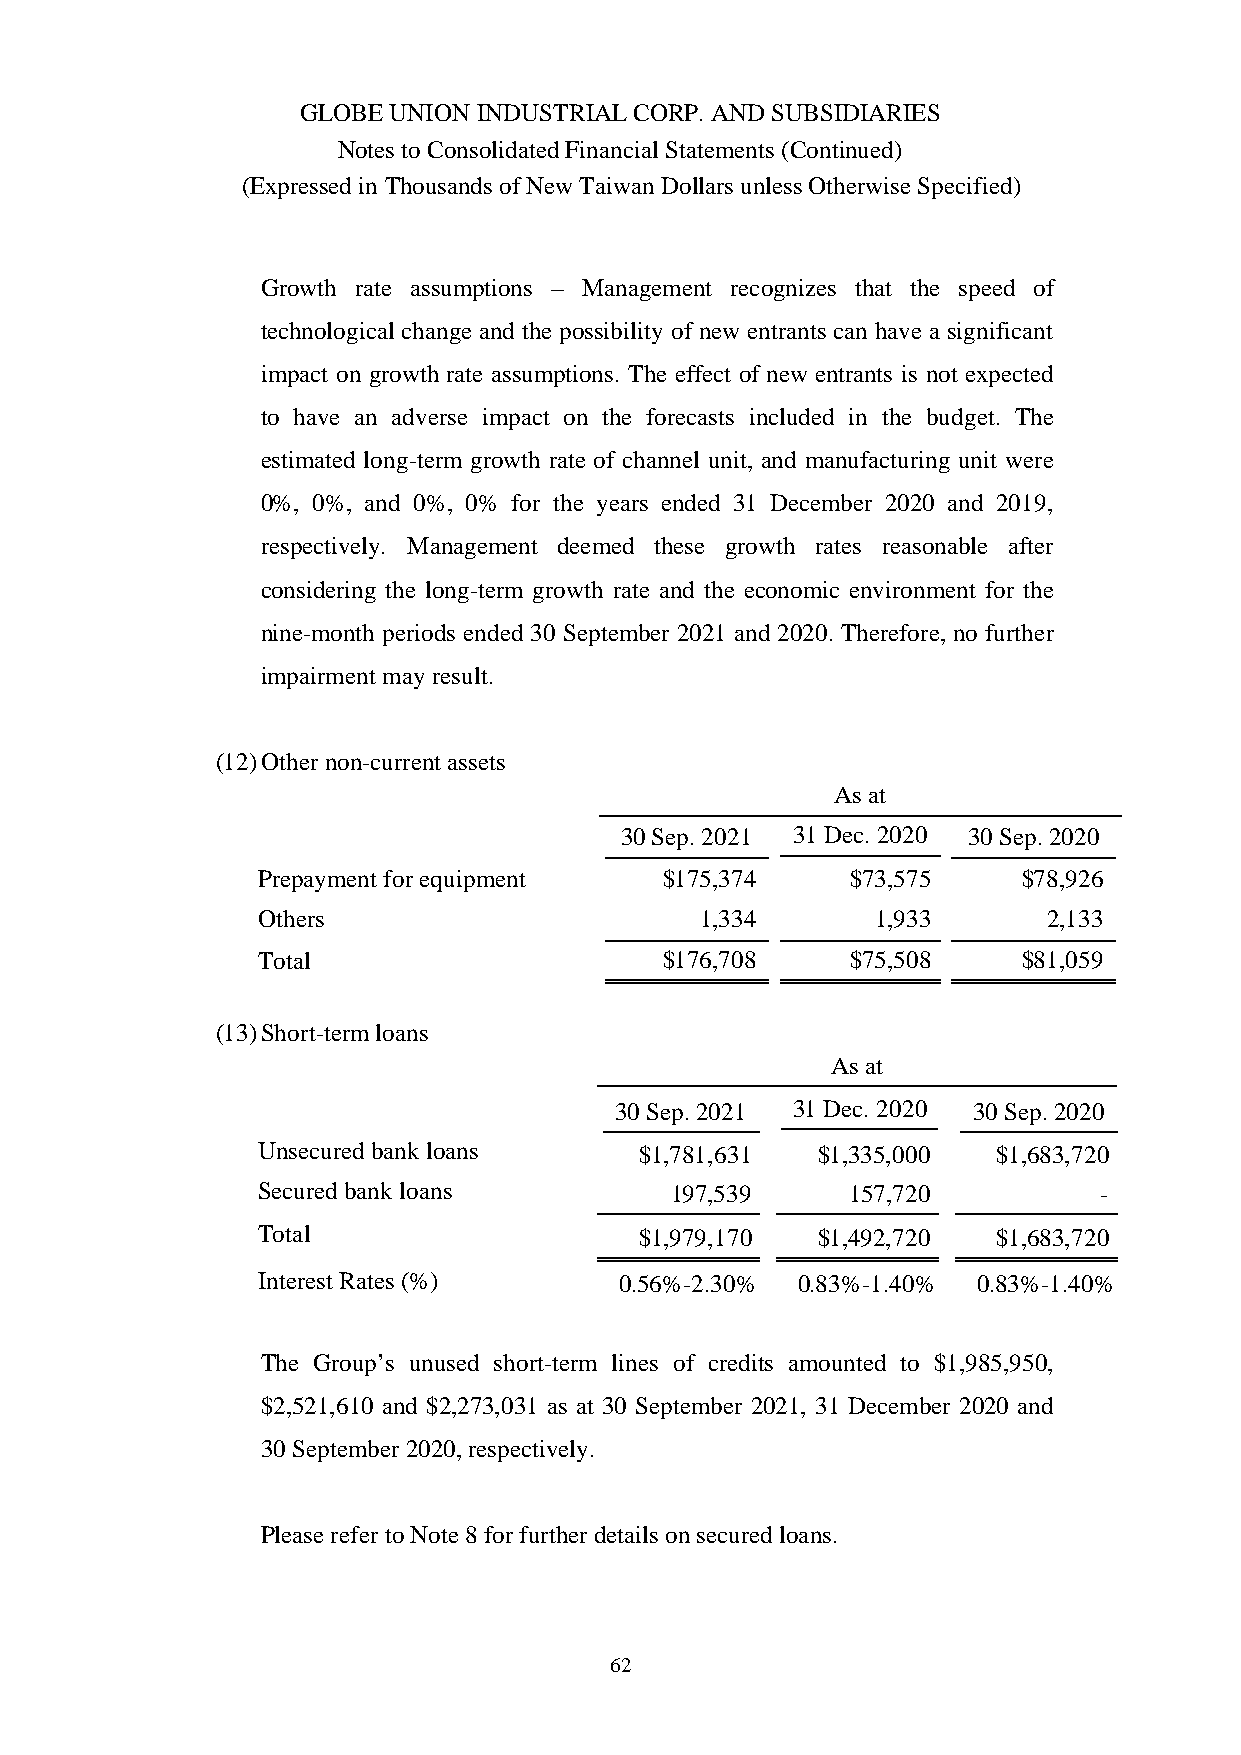
GLOBE UNION INDUSTRIAL CORP. AND SUBSIDIARIES
 Notes to Consolidated Financial Statements (Continued)
 (Expressed in Thousands of New Taiwan Dollars unless Otherwise Specified)
 Growth rate assumptions – Management recognizes that the speed of
 technological change and the possibility of new entrants can have a significant
 impact on growth rate assumptions. The effect of new entrants is not expected
 to have an adverse impact on the forecasts included in the budget. The
 estimated long-term growth rate of channel unit, and manufacturing unit were
 0%, 0%, and 0%, 0% for the years ended 31 December 2020 and 2019,
 respectively. Management deemed these growth rates reasonable after
 considering the long-term growth rate and the economic environment for the
 nine-month periods ended 30 September 2021 and 2020. Therefore, no further
 impairment may result.
 (12)Other non-current assets
 As at
 30 Sep. 2021 31 Dec. 2020 30 Sep. 2020
 Prepayment for equipment   $175,374    $73,575     $78,926
 Others                       1,334       1,933      2,133
 Total                      $176,708    $75,508     $81,059
 (13)Short-term loans
 As at
 30 Sep. 2021 31 Dec. 2020 30 Sep. 2020
 Unsecured bank loans     $1,781,631  $1,335,000  $1,683,720
 Secured bank loans         197,539     157,720          -
 Total                    $1,979,170  $1,492,720  $1,683,720
 Interest Rates (%)      0.56%-2.30% 0.83%-1.40% 0.83%-1.40%
 The Group’s unused short-term lines of credits amounted to $1,985,950,
 $2,521,610 and $2,273,031 as at 30 September 2021, 31 December 2020 and
 30 September 2020, respectively.
 Please refer to Note 8 for further details on secured loans.
 62